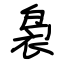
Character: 袅